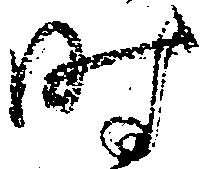
時